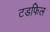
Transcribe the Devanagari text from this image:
टडफिल